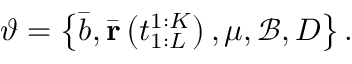
\vartheta = \left\{ \bar { b } , \bar { \mathbf { r } } \left( t _ { 1 : L } ^ { 1 : K } \right) , \mu , \mathcal { B } , D \right\} .